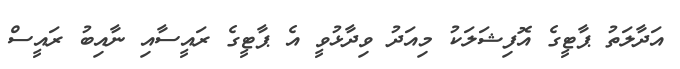
އަދާލަތު ޕާޓީގެ އޮފިޝަލަކު މިއަދު ވިދާޅުވީ އެ ޕާޓީގެ ރައީސާއި ނާއިބު ރައީސް